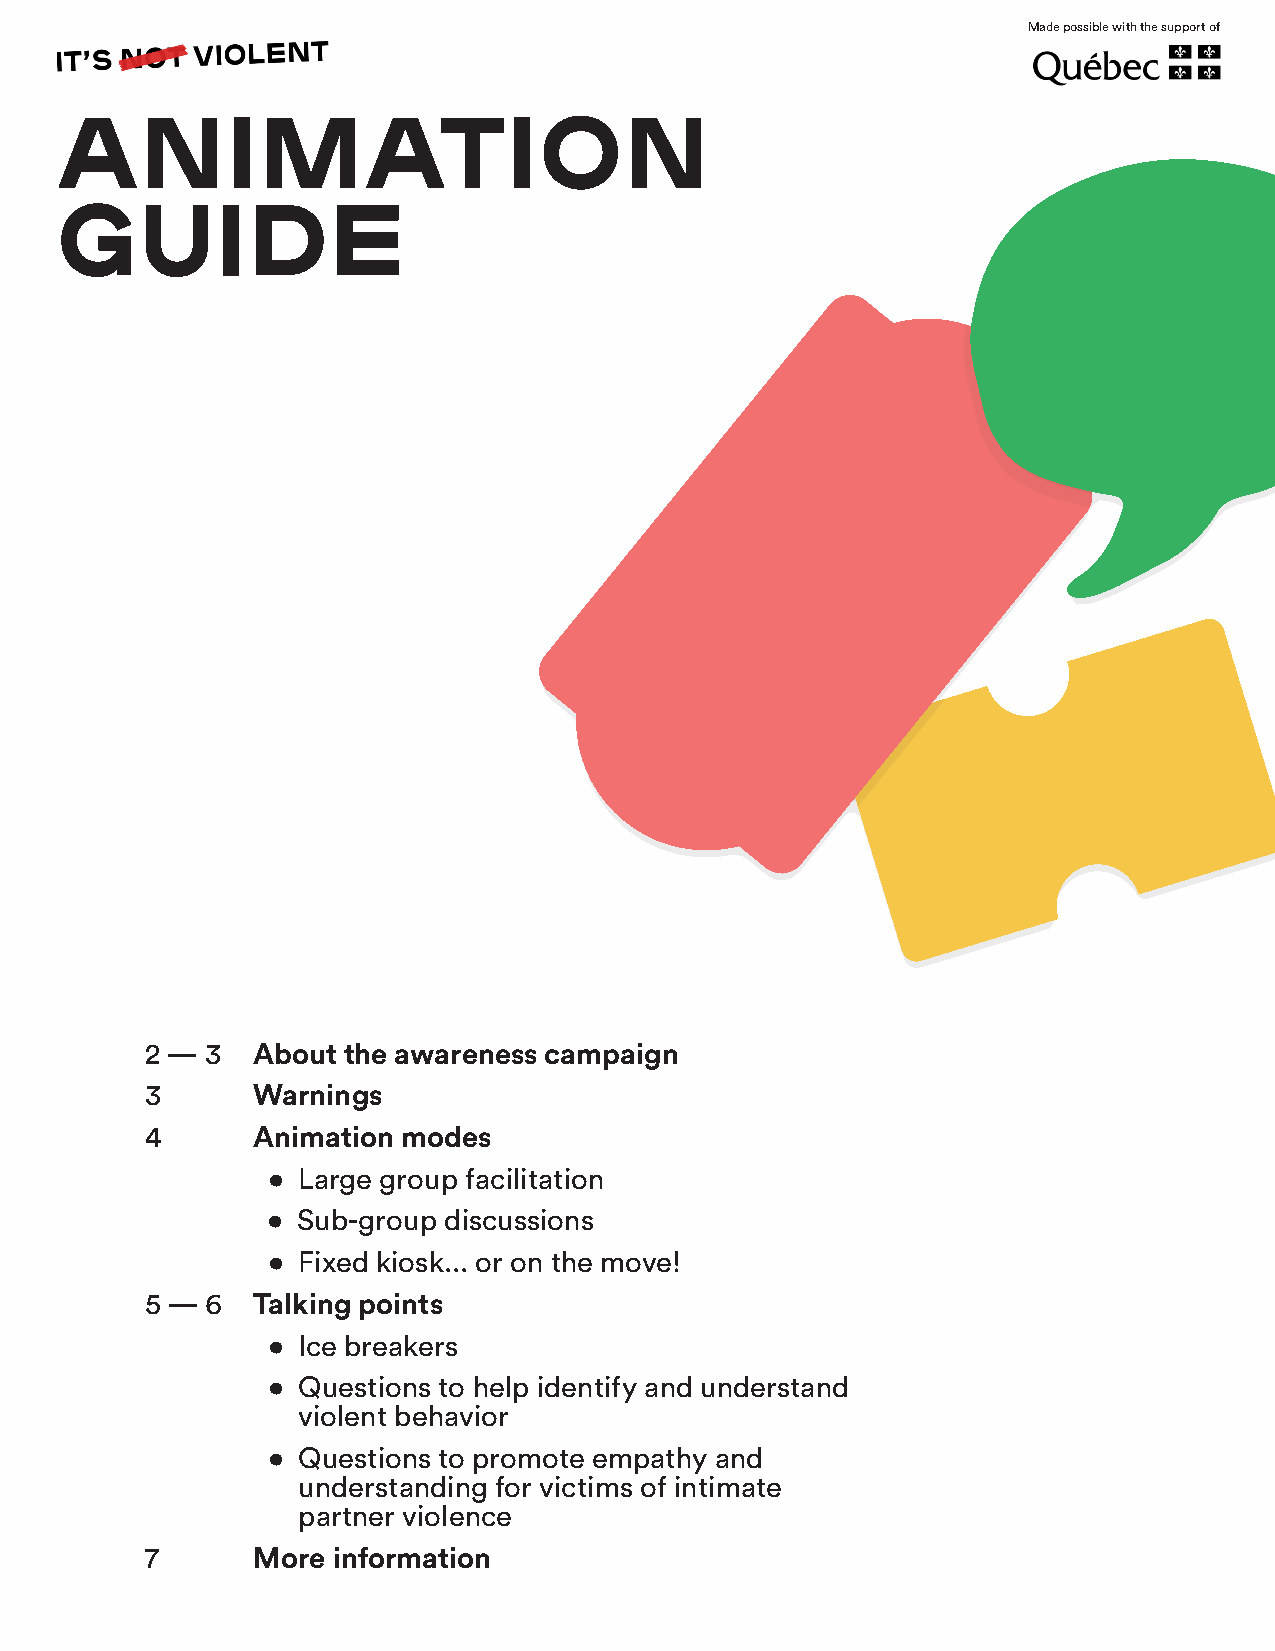
Made possible with the support of
 ANIMATION
 GUIDE
 2 — 3  About the awareness campaign
 3      Warnings
 4      Animation modes
 • Large group facilitation
 • Sub-group discussions
 • Fixed kiosk... or on the move!
 5 — 6  Talking points
 • Ice breakers
 • Q uestions to help identify and understand
 violent behavior
 • Questions to promote empathy and
 understanding for victims of intimate
 partner violence
 7      More information